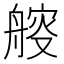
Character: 䑹